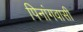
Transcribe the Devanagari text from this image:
पिनांगवासी